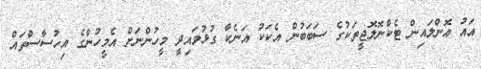
އައު އޮންލައިން ޓެކްނޮލޮޖީތަކުގެ ސަބަބުން އެކަކު އަނެކާ ގުޅުވައިދީ މީހުންނަށް އެމީހުންގެ އިހުސާސްތައް